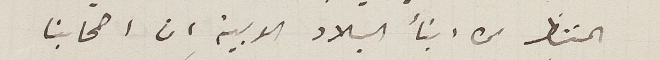
المنتظر من ابنأ البلاد العربية ان اصحابنا